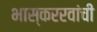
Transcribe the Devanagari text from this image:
भास्कररवांची